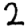
Digit: 2